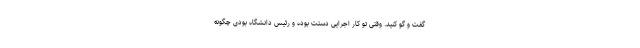
گفت و گو کنید. وقتی تو کار اجرایی دستت بوده و رئیس دانشگاه بودی چگونه